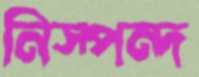
নিস্পন্দ